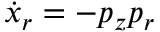
\dot { x } _ { r } = - p _ { z } p _ { r }